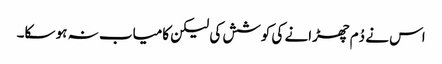
اس نے دُم چھڑانے کی کوشش کی لیکن کامیاب نہ ہو سکا۔